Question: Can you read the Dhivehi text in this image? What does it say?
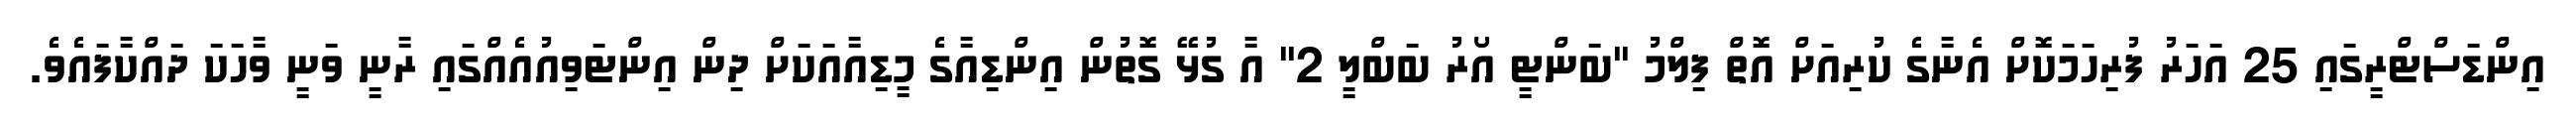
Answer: އިންޑަސްޓްރީގައި 25 އަހަރު ފުރިހަމަކޮށް އެނާގެ ކުރިއަށް އޮތް ފިލްމު ''ބަންޓީ އޯރު ބަބްލީ 2'' އާ ގުޅޭ ގޮތުން އިންޑިއާގެ މީޑިއާއަކަށް ދިން އިންޓަވިއުއެއްގައި ރާނީ ވަނީ ވާހަކަ ދައްކާފައެވެ.